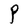
Character: P